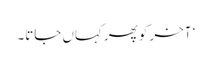
‘ آخر کو پھر کہاں جاتا۔